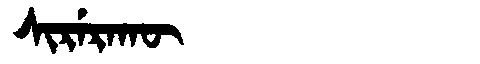
Manchu: ᠰᡳᡵᡝᡵᠠᡴᡡ
Romanization: SIRERAKŪ